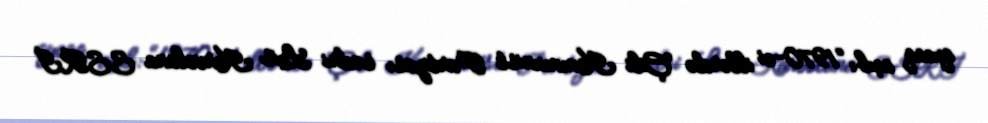
qucaq açıb: “1970-ci illərdə Çili Kommunist Partiyası sədri Luis Karvolana SSRİ